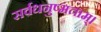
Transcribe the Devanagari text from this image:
सर्वधनुष्मताम्‌।